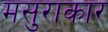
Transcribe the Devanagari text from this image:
मसुराकार